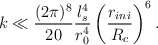
\begin{align*}k\ll \frac{(2\pi)^8}{20}\frac{l_s^4}{r_0^4}\left(\frac{r_{ini}}{R_c} \right)^6.\end{align*}